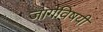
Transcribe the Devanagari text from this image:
जागेविषयी